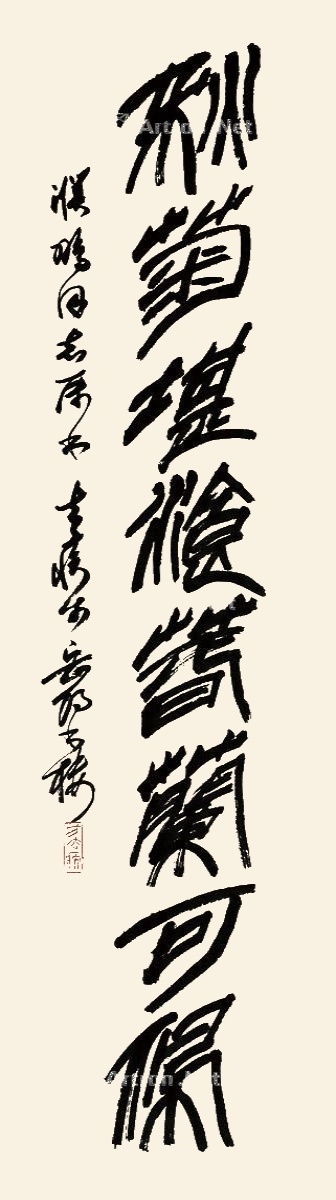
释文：秋菊堪湌，春兰可佩。汉鹏同志属书。去疾于岳阳书楼。